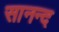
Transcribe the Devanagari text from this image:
सानन्‍द